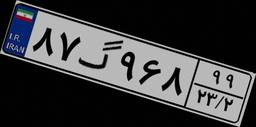
۸۷گ۹۶۸۹۹